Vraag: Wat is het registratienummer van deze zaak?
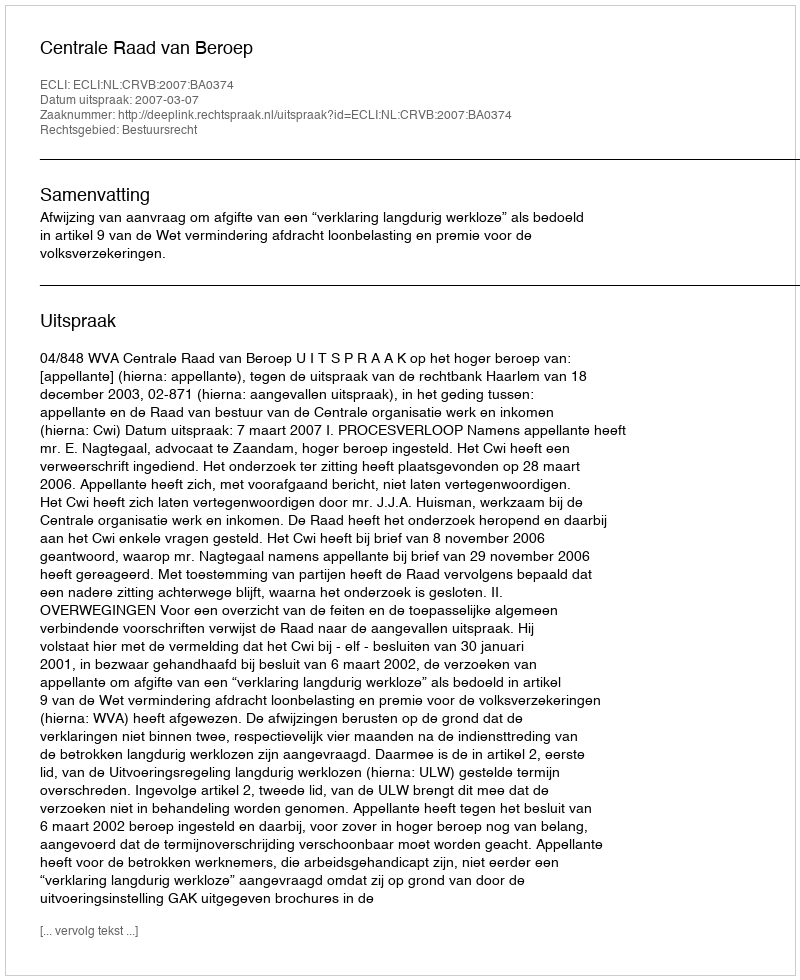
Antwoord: http://deeplink.rechtspraak.nl/uitspraak?id=ECLI:NL:CRVB:2007:BA0374